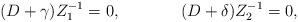
LaTeX: \begin{align*}(D+\gamma )Z_{1}^{-1}=0,~~~~~~~~~~~(D+\delta )Z_{2}^{-1}=0,\end{align*}